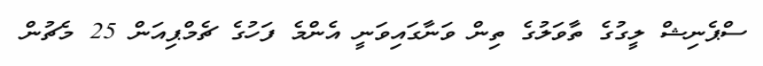
ސްޕެނިޝް ލީގުގެ ތާވަލުގެ ތިން ވަނާގައިވަނީ އެންމެ ފަހުގެ ޗެމްޕިއަން 25 މެޗުން